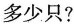
多少只?